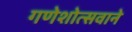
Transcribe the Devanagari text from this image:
गणेशोत्सवाने